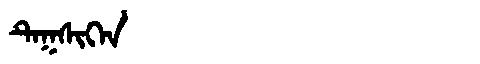
Manchu: ᡨᡝᡴᠰᡳᡴᡝᠨ
Romanization: TEKSIKEN